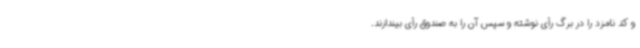
و کد نامزد را در برگ رأی نوشته و سپس آن را به صندوق رأی بیندازند.